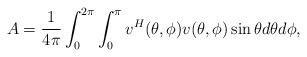
LaTeX: \begin{align*}A=\frac{1}{4\pi }\int_{0}^{2\pi }{\int_{0}^{\pi }{{{v}^{H}}(\theta ,\phi )v(\theta ,\phi )\sin \theta d\theta d\phi }},\end{align*}